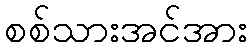
စစ်သားအင်အား